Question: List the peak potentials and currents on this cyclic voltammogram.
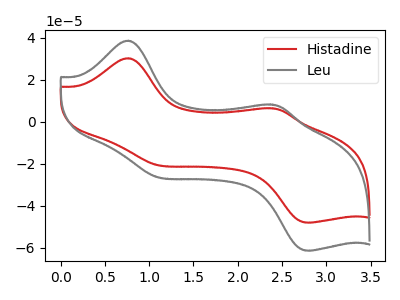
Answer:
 <answer>The red curve "Histadine" has anodic peaks at (0.75V, 30.15uA) (2.35V, 6.35uA) and cathodic peaks at (1.05V, -20.35uA) (2.80V, -48.00uA). The gray curve "Leu" has anodic peaks at (0.75V, 38.50uA) (2.35V, 8.10uA) and cathodic peaks at (1.05V, -26.00uA) (2.80V, -61.35uA).</answer>
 <eval></eval>